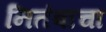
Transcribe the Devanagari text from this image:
नितंबांचा